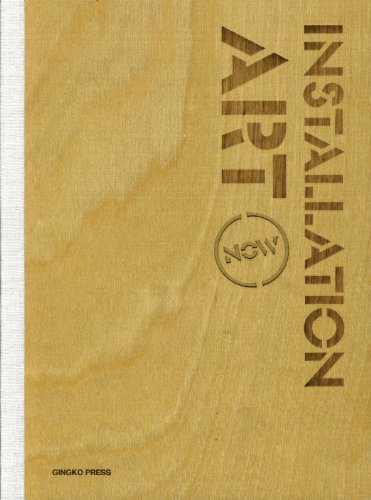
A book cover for Installation Art Now; Sandu Publishing; Arts & Photography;